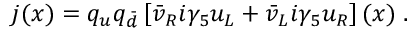
j ( x ) = q _ { u } q _ { \bar { d } } \left[ \bar { v } _ { R } i \gamma _ { 5 } u _ { L } + \bar { v } _ { L } i \gamma _ { 5 } u _ { R } \right] ( x ) \; .